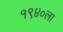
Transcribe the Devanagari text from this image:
१९४०ला